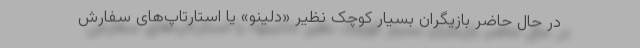
در حال حاضر بازیگران بسیار کوچک نظیر «دلینو» یا استارتاپ‌های سفارش